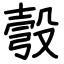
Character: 彀